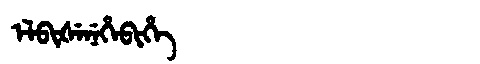
Manchu: ᡝᠯᠪᡳᡧᡝᠨᡝᡥᡝᠪᡳᡥᡝ
Romanization: ELBIŠENEHEBIHE